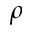
\rho